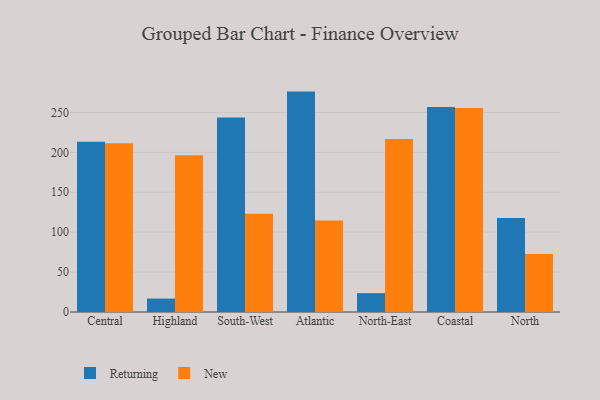
{"axis": {"x": "Region", "y": "Satisfaction Score"}, "legend": ["New", "Returning"], "data": [{"x": "Central", "y": 213.2, "type": "Returning"}, {"x": "Central", "y": 211.5, "type": "New"}, {"x": "Highland", "y": 16.8, "type": "Returning"}, {"x": "Highland", "y": 196.3, "type": "New"}, {"x": "South-West", "y": 243.7, "type": "Returning"}, {"x": "South-West", "y": 123.0, "type": "New"}, {"x": "Atlantic", "y": 276.1, "type": "Returning"}, {"x": "Atlantic", "y": 114.5, "type": "New"}, {"x": "North-East", "y": 23.6, "type": "Returning"}, {"x": "North-East", "y": 216.8, "type": "New"}, {"x": "Coastal", "y": 256.8, "type": "Returning"}, {"x": "Coastal", "y": 255.7, "type": "New"}, {"x": "North", "y": 117.6, "type": "Returning"}, {"x": "North", "y": 72.7, "type": "New"}]}